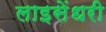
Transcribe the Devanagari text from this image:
लाइसेंधरी